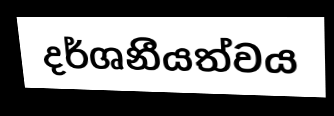
දර්ශනීයත්වය